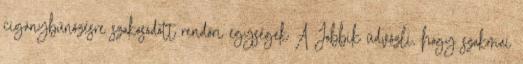
cigánybűnözésre szakosodott rendőri egységek A Jobbik üdvözli, hogy szakmai